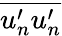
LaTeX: \overline{{u_{n}^{\prime}u_{n}^{\prime}}}